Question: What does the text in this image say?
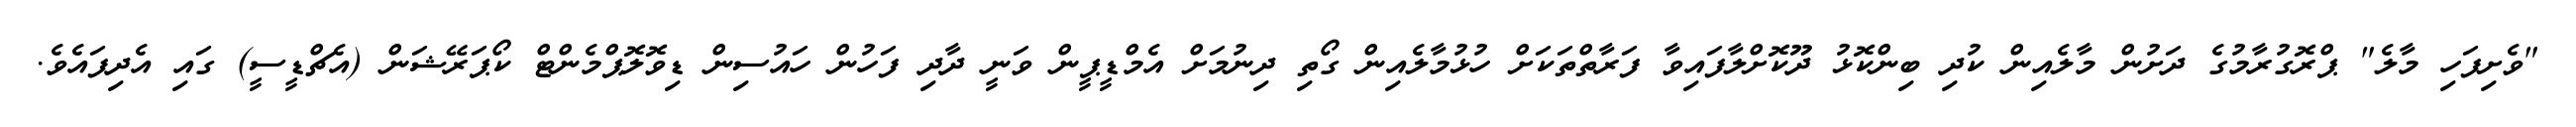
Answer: "ވެށިފަހި މާލެ" ޕްރޮގުރާމުގެ ދަށުން މާލެއިން ކުދި ބިންކޮޅު ދޫކޮށްލާފައިވާ ފަރާތްތަކަށް ހުޅުމާލެއިން ގޯތި ދިނުމަށް އެމްޑީޕީން ވަނީ ދާދި ފަހުން ހައުސިން ޑިވޮލޮޕްމެންޓް ކޯޕަރޭޝަން (އެޗްޑީސީ) ގައި އެދިފައެވެ.